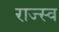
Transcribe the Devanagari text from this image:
राज्स्व